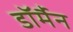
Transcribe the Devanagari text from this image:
डॉर्मैन